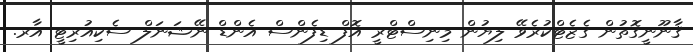
ޤާނޫނީގޮތުން ގެޒެޓްކުރެވޭ ލިޔުން މިނިސްޓްރީ އޮފް ޑިފެންސް އެންޑް ނޭޝަނަލް ސެކިއުރިޓީ އާރ.